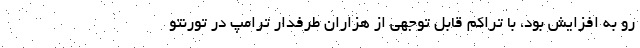
رو به افزایش بود، با تراکم قابل توجهی از هزاران طرفدار ترامپ در تورنتو